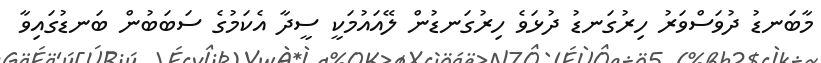
މާބަނޑު ދުވަސްވަރު ހިރުގަނޑު ދުޅަވެ ހިރުގަނޑުން ލޭއައުމަކީ ސީދާ އެކަމުގެ ސަބަބުން ބަނޑުގައިވާ